Vaccination in the Punjab 1905-1918 - 1905-1918
Year: 1905
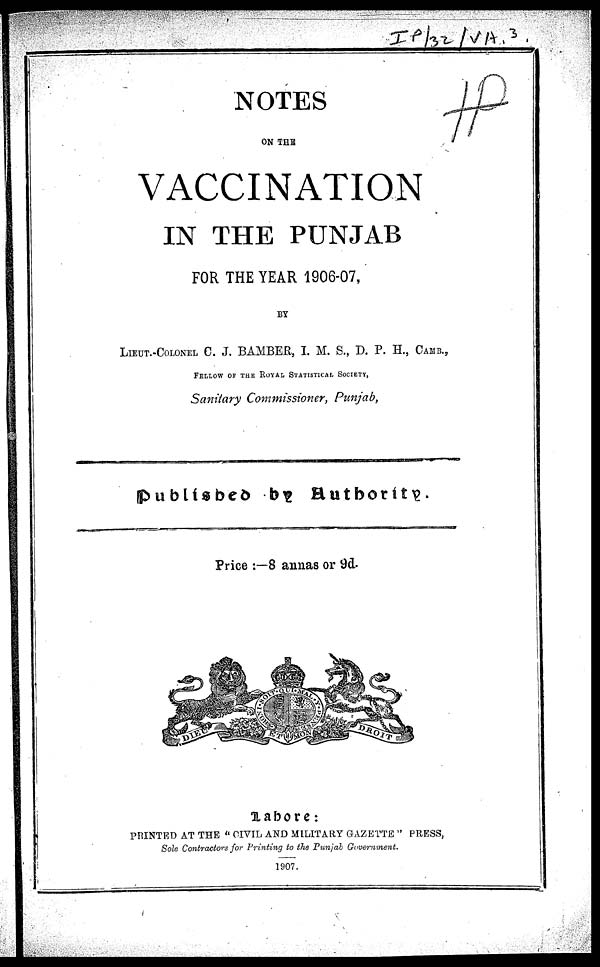
NOTES
ON THE
VACCINATION
IN THE PUNJAB
FOR THE YEAR 1906-07,
BY
LIEUT. -COLONEL C. J. BAMBER, I. M. S., D. P. H., CAMB. ,
FELLOW OF THE ROYAL STATISTICAL SOCIETY,
Sanitary Commissioner, Punjab,
Published by Authotity.
Price :—8 annas or 9d.
Lahore:
PRINTED AT THE " CIVIL AND MILITARY GAZETTE " PRESS,
Sole Contractors for Printing to the Punjab Government.
1907.